Indian journal of veterinary science and animal husbandry - Volume 10,
Year: 1940
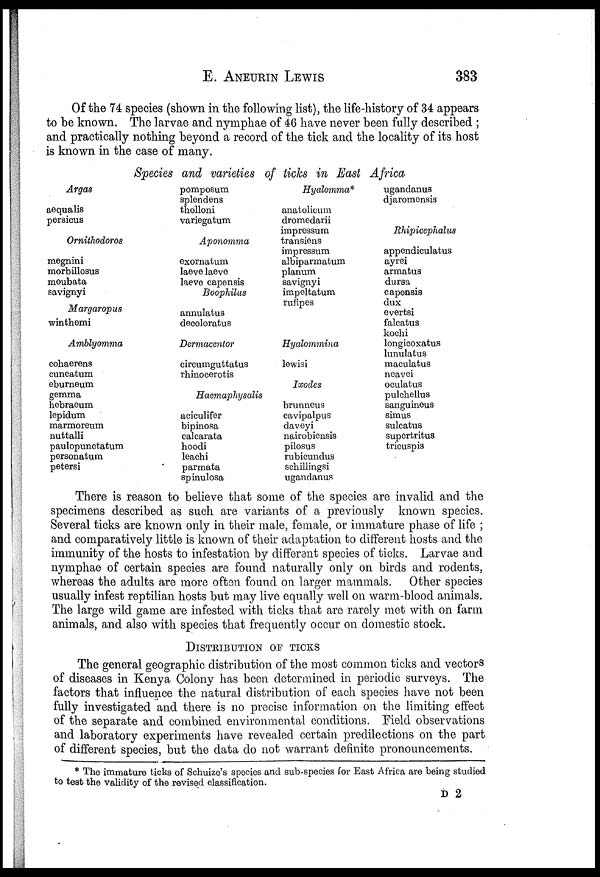
E.
ANEURIN
LEWIS
383
Of the 74 species (shown in the following list), the life-history of 34 appears
to be known. The larvae and nymphae of 46 have never been fully described ;
and practically nothing beyond a record of the tick and the locality of its host
is known in the case of many.
Species and varieties of ticks in East Africa
Argas
aequalis
persicus
Ornithodoros
megnini
morbillosus
moubata
savignyi
Margaropus
winthemi
Amblyomma
cohaerens
cuneatum
eburneum
gemma
hebraeum
lepidum
marmoreum
nuttalli
paulopunctatum
personatum
petersi
pomposum
splendens
tholloni
variegatum
Aponomma
exornatum
laeve laeve
laeve capensis
Boophilus
annulatus
decoloratus
Dermacentor
circumguttatus
rhinocerotis
Haemaphysalis
aciculifer
bipinosa
calcarata
hoodi
leachi
parmata
spinulosa
Hyalomma*
anatolicum
dromedarii
impressum
transiens
impressum
albiparmatum
planum
savignyi
impeltatum
rufipes
Hyalommina
lewisi
Ixodes
brunneus
cavipalpus
daveyi
nairobiensis
pilosus
rubicundus
sehillingsi
ugandanus
ugandanus
djaromensis
Rhipicephalus
appendiculatus
ayrei
armatus
dursa
capensis
dux
evertsi
falcatus
kochi
longicoxatus
lunulatus
maculatus
neavei
oculatus
pulchellus
sanguineus
simus
sulcatus
supertritus
tricuspis
There is reason to believe that some of the species are invalid and the
specimens described as such are variants of a previously known species.
Several ticks are known only in their male, female, or immature phase of life ;
and comparatively little is known of their adaptation to different hosts and the
immunity of the hosts to infestation by different species of ticks. Larvae and
nymphae of certain species are found naturally only on birds and rodents,
whereas the adults are more often found on larger mammals. Other species
usually infest reptilian hosts but may live equally well on warm-blood animals.
The large wild game are infested with ticks that are rarely met with on farm
animals, and also with species that frequently occur on domestic stock.
DISTRIBUTION OF TICKS
The general geographic distribution of the most common ticks and vectors
of diseases in Kenya Colony has been determined in periodic surveys. The
factors that influence the natural distribution of each species have not been
fully investigated and there is no precise information on the limiting effect
of the separate and combined environmental conditions. Field observations
and laboratory experiments have revealed certain predilections on the part
of different species, but the data do not warrant definite pronouncements.
* The immature ticks of Schuize's species and sub-species for East Africa are being studied
to test the validity of the revised classification.
D 2